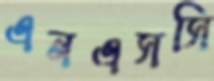
এনএসসি